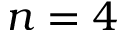
n = 4